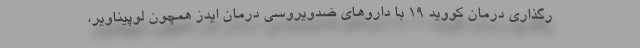
رگذاری درمان کووید ۱۹ با داروهای ضدویروسی درمان ایدز همچون لوپیناویر،